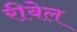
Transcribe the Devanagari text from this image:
रीबेल